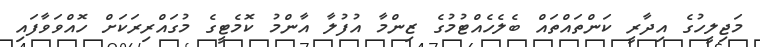
މަޖިލީހުގެ އިދާރީ ކަންތައްތައް ބެލެހެއްޓުމުގެ ޒިންމާ އުފުލާ އާންމު ކޮމެޓީގެ މުގައްރިރަކަށް ހޮއްވަވާފައި